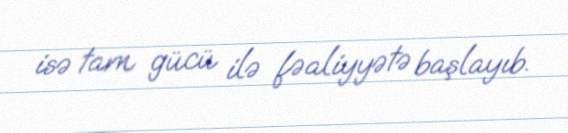
isə tam gücü ilə fəaliyyətə başlayıb.